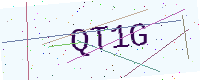
Text: QT1G